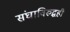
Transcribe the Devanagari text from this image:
संघाविरुद्धही